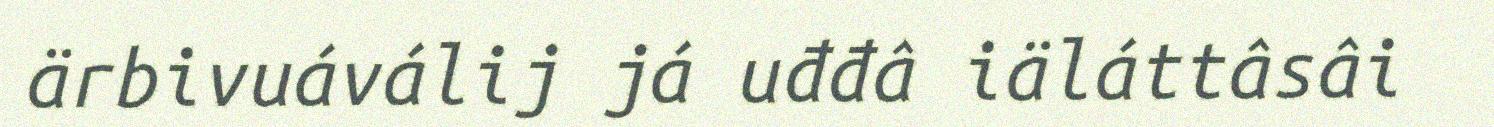
ärbivuáválij já uđđâ iäláttâsâi